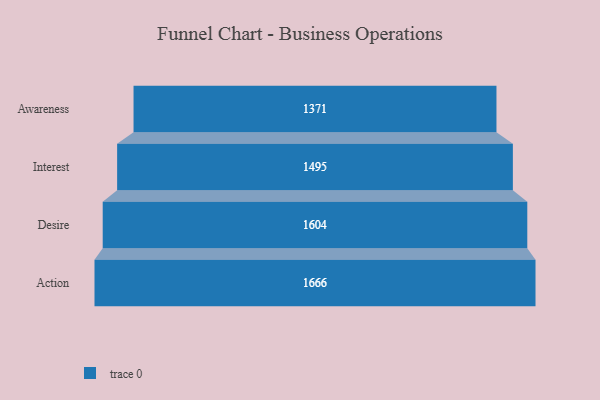
{"axis": {"x": "Stage", "y": "Value"}, "legend": [""], "data": [{"x": "Awareness", "y": 1371.0, "type": ""}, {"x": "Interest", "y": 1495.0, "type": ""}, {"x": "Desire", "y": 1604.0, "type": ""}, {"x": "Action", "y": 1666.0, "type": ""}]}